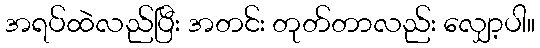
အရပ်ထဲလည်ပြီး အတင်း တုတ်တာလည်း လျှော့ပါ။